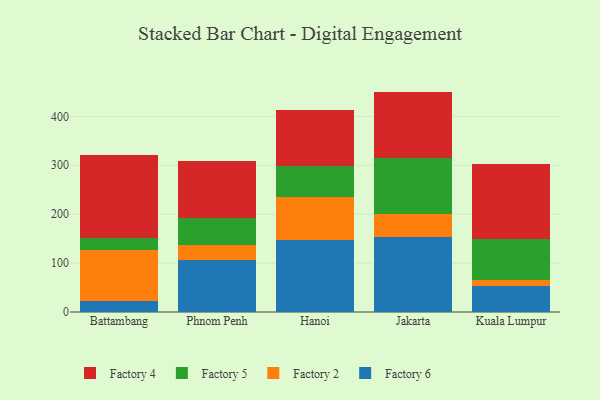
{"axis": {"x": "City", "y": "Tickets Resolved"}, "legend": ["Factory 2", "Factory 4", "Factory 5", "Factory 6"], "data": [{"x": "Battambang", "y": 21.9, "type": "Factory 6"}, {"x": "Battambang", "y": 105.8, "type": "Factory 2"}, {"x": "Battambang", "y": 23.3, "type": "Factory 5"}, {"x": "Battambang", "y": 169.5, "type": "Factory 4"}, {"x": "Phnom Penh", "y": 106.4, "type": "Factory 6"}, {"x": "Phnom Penh", "y": 31.1, "type": "Factory 2"}, {"x": "Phnom Penh", "y": 54.3, "type": "Factory 5"}, {"x": "Phnom Penh", "y": 117.3, "type": "Factory 4"}, {"x": "Hanoi", "y": 147.2, "type": "Factory 6"}, {"x": "Hanoi", "y": 88.0, "type": "Factory 2"}, {"x": "Hanoi", "y": 63.5, "type": "Factory 5"}, {"x": "Hanoi", "y": 113.9, "type": "Factory 4"}, {"x": "Jakarta", "y": 154.4, "type": "Factory 6"}, {"x": "Jakarta", "y": 45.0, "type": "Factory 2"}, {"x": "Jakarta", "y": 115.1, "type": "Factory 5"}, {"x": "Jakarta", "y": 136.2, "type": "Factory 4"}, {"x": "Kuala Lumpur", "y": 53.9, "type": "Factory 6"}, {"x": "Kuala Lumpur", "y": 12.4, "type": "Factory 2"}, {"x": "Kuala Lumpur", "y": 83.0, "type": "Factory 5"}, {"x": "Kuala Lumpur", "y": 154.0, "type": "Factory 4"}]}